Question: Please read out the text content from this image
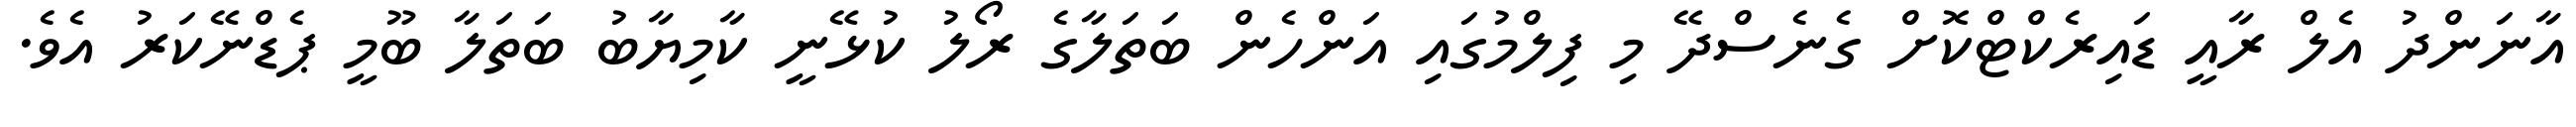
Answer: އާނަންދު އެލް ރާއީ ޑައިރެކްޓްކޮށް ގެނެސްދޭ މި ފިލްމުގައި އަންހެން ބަތަލާގެ ރޯލު ކުޅޭނީ ކާމިޔާބު ބަތަލާ ބޫމީ ޕެޑްނޭކަރު އެވެ.